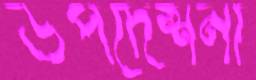
উপদেশনা